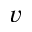
v